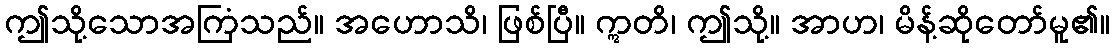
ဤသို့သောအကြံသည်။ အဟောသိ၊ ဖြစ်ပြီ။ ဣတိ၊ ဤသို့။ အာဟ၊ မိန့်ဆိုတော်မူ၏။